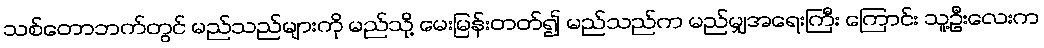
သစ်တောဘက်တွင် မည်သည်များကို မည်သို့ မေးမြန်းတတ်၍ မည်သည်က မည်မျှအရေးကြီး ကြောင်း သူ့ဦးလေးက